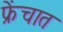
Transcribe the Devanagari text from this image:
फ्रेंचात